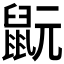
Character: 𪕀